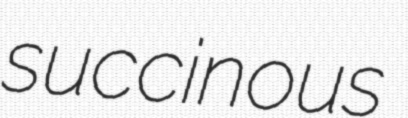
succinous